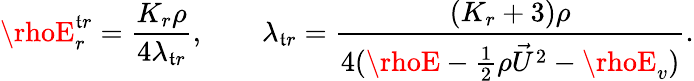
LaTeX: \rhoE_{r}^{\mathfrak{t}r}=\frac{{K_{r}\rho}}{{4\lambda_{\mathfrak{t}r}}},\quad\quad\lambda_{\mathfrak{t}r}=\frac{{(K_{r}+3)\rho}}{{4(\rhoE-\frac{{1}}{{2}}\rho{\vec{{U}}}^{2}-\rhoE_{v})}}.